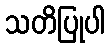
သတိပြုပါ